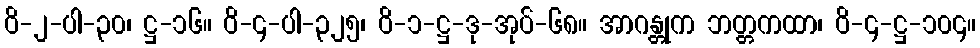
ဝိ-၂-ပါ-၃၀၊ ဋ္ဌ-၁၆။ ဝိ-၄-ပါ-၃၂၅၊ ဝိ-၁-ဋ္ဌ-ဒု-အုပ်-၆၈။ အာဂန္တုက ဘတ္တကထာ၊ ဝိ-၄-ဋ္ဌ-၁၀၄။